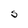
Character: S